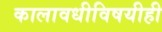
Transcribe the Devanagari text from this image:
कालावधीविषयीही